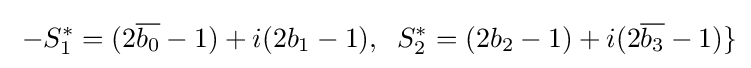
\;-S_{1}^{*}=(2{\overline {b_{0}}}-1)+i(2b_{1}-1),\;\;S_{2}^{*}=(2b_{2}-1)+i(2{\overline {b_{3}}}-1)\}